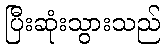
ပြီးဆုံးသွားသည်